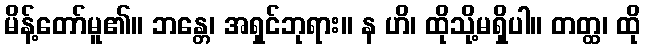
မိန့်တော်မူ၏။ ဘန္တေ၊ အရှင်ဘုရား။ န ဟိ၊ ထိုသို့မရှိပါ။ တတ္ထ၊ ထို